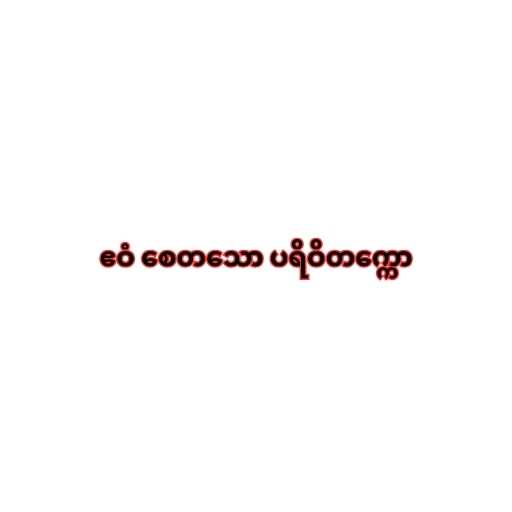
ဧဝံ စေတသော ပရိဝိတက္ကော